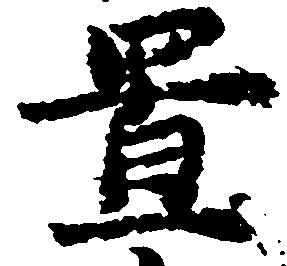
置